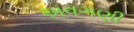
અવગણી